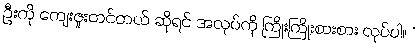
ဦးကို ကျေးဇူးတင်တယ် ဆိုရင် အလုပ်ကို ကြိုးကြိုးစားစား လုပ်ပါ။ *